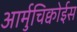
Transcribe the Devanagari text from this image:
आर्मुचिक्वोईस